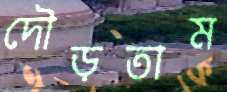
দৌড়তাম